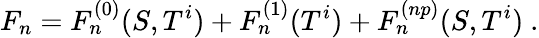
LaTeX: F_{n}=F_{n}^{(0)}(S,T^{i})+F_{n}^{(1)}(T^{i})+F_{n}^{(np)}(S,T^{i})\ .